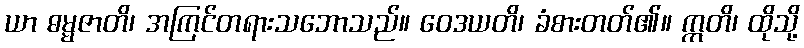
ယာ ဓမ္မဇာတိ၊ အကြင်တရားသဘောသည်။ ဝေဒယတိ၊ ခံစားတတ်၏။ ဣတိ၊ ထိုသို့